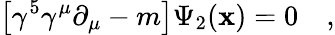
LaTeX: \left[\gamma^{5}\gamma^{\mu}\partial_{\mu}-m\right]\Psi_{2}(\mathbf{x})=0\quad,